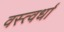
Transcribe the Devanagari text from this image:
वस्त्वर्धा